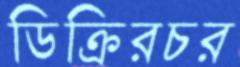
ডিক্রিরচর